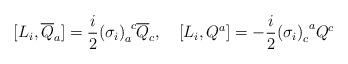
LaTeX: \begin{align*}[L_i , \overline {Q}_a ] = \frac{i}{2} {(\sigma_i)}^{~c}_a\overline {Q}_c ,\quad [ L_i , Q^a ] = - \frac{i}{2} {(\sigma_i)}^{~a}_c Q^c\end{align*}